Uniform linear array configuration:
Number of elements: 8
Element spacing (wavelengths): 1
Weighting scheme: uniform
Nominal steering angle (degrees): -15
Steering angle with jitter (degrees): -14.216
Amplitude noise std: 0.05
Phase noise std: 0.05

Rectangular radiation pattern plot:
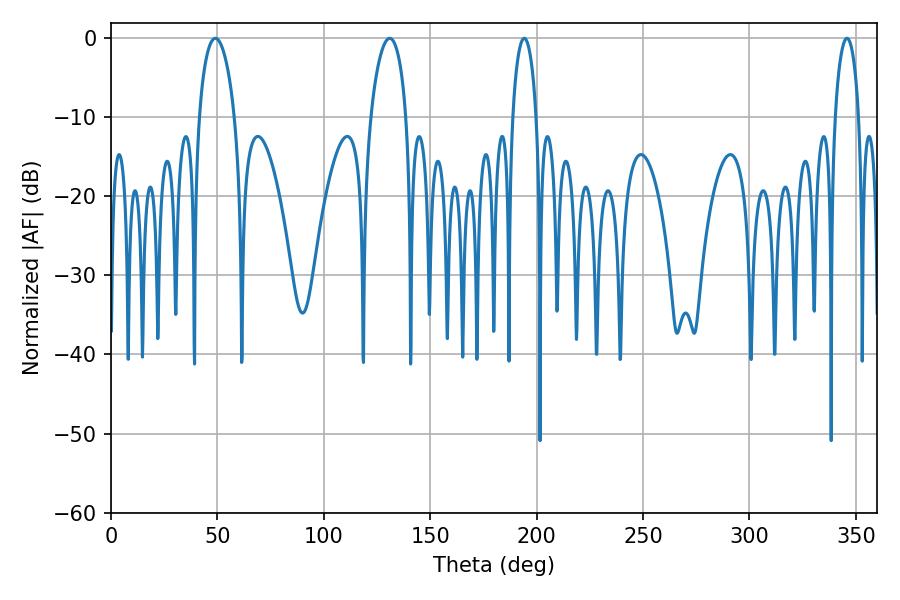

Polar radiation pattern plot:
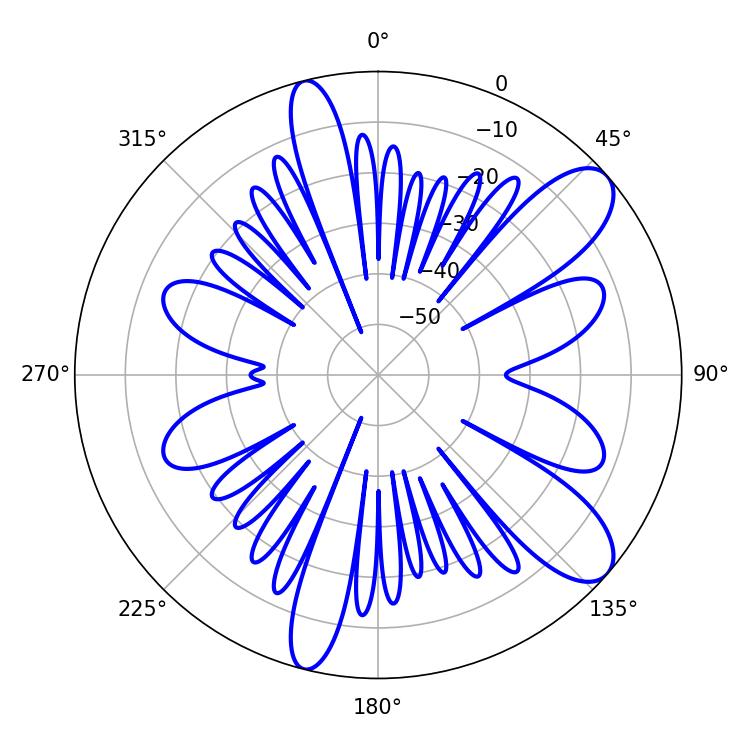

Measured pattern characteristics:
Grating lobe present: TRUE
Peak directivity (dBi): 9.743
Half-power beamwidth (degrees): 6.48
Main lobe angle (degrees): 194.22